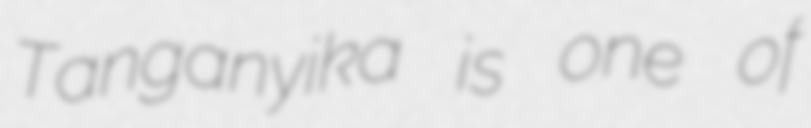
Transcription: Tanganyika is one of